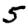
Digit: 5